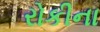
રોકીના